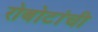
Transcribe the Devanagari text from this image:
रोबोटांची